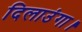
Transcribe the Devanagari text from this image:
दिलाउंगा।